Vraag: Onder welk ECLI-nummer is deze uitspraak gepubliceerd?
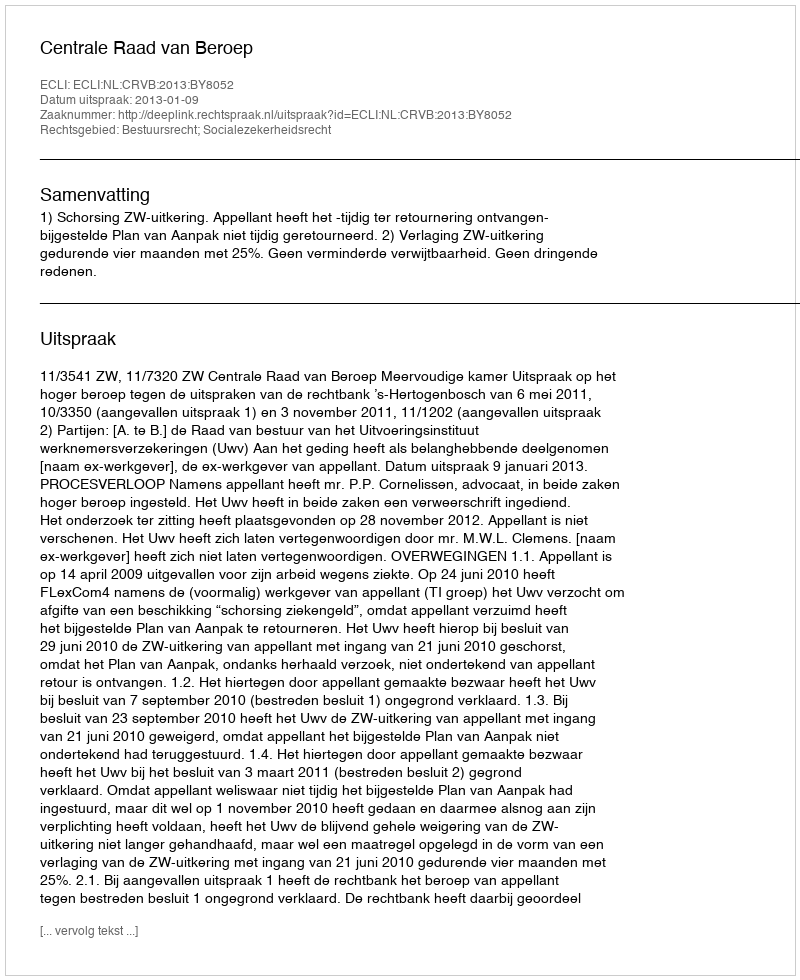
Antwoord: ECLI:NL:CRVB:2013:BY8052